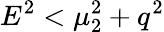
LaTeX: E^{2}<\mu_{2}^{2}+q^{2}